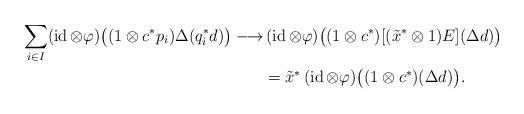
LaTeX: \begin{align*}\sum_{i\in I}(\operatorname{id}\otimes\varphi)\bigl((1\otimes c^*p_i)\Delta(q_i^*d)\bigr)\longrightarrow&\,(\operatorname{id}\otimes\varphi)\bigl((1\otimes c^*)[(\tilde{x}^*\otimes1)E](\Delta d)\bigr) \\&=\tilde{x}^*\,(\operatorname{id}\otimes\varphi)\bigl((1\otimes c^*)(\Delta d)\bigr).\end{align*}